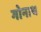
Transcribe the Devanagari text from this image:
गोनाथ